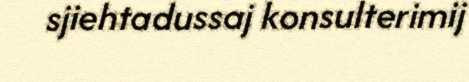
sjiehtadussaj konsulterimij